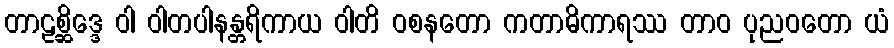
တာဠစ္ဆိဒ္ဒေ ဝါ ဝါတပါနန္တရိကာယ ဝါတိ ဝစနတော ကတာဓိကာရဿ တာဝ ပုညဝတော ယံ